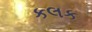
કલક